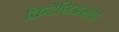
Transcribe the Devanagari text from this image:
क्रिटेशिअसया